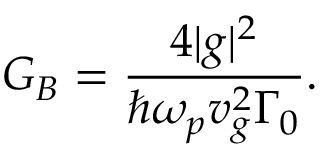
G _ { B } = \frac { 4 | g | ^ { 2 } } { \hbar \omega _ { p } v _ { g } ^ { 2 } \Gamma _ { 0 } } .